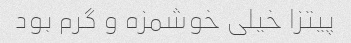
پیتزا خیلی خوشمزه و گرم بود